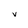
Character: V